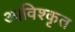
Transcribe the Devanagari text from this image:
आविश्कृत